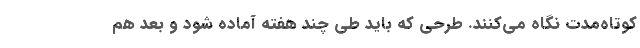
کوتاه‌مدت نگاه می‌کنند. طرحی که باید طی چند هفته آماده شود و بعد هم